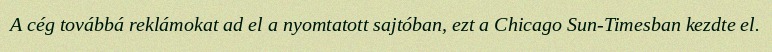
A cég továbbá reklámokat ad el a nyomtatott sajtóban, ezt a Chicago Sun-Timesban kezdte el.